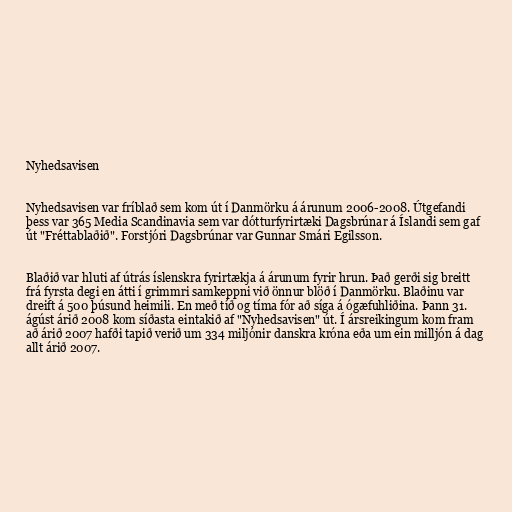
Nyhedsavisen

Nyhedsavisen var fríblað sem kom út í Danmörku á árunum 2006-2008. Útgefandi
þess var 365 Media Scandinavia sem var dótturfyrirtæki Dagsbrúnar á Íslandi sem gaf
út "Fréttablaðið". Forstjóri Dagsbrúnar var Gunnar Smári Egilsson.

Blaðið var hluti af útrás íslenskra fyrirtækja á árunum fyrir hrun. Það gerði sig breitt
frá fyrsta degi en átti í grimmri samkeppni við önnur blöð í Danmörku. Blaðinu var
dreift á 500 þúsund heimili. En með tíð og tíma fór að síga á ógæfuhliðina. Þann 31.
ágúst árið 2008 kom síðasta eintakið af "Nyhedsavisen" út. Í ársreikingum kom fram
að árið 2007 hafði tapið verið um 334 miljónir danskra króna eða um ein milljón á dag
allt árið 2007.